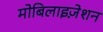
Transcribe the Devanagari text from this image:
मोबिलाइज़ेशन